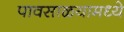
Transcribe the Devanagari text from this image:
पावसाळयामध्ये